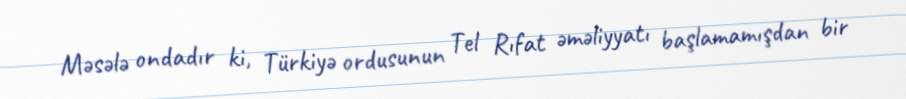
Məsələ ondadır ki, Türkiyə ordusunun Tel Rıfat əməliyyatı başlamamışdan bir